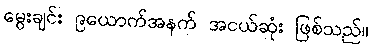
မွေးချင်း ၉ယောက်အနက် အငယ်ဆုံး ဖြစ်သည်။